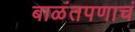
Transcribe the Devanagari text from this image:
बाळंतपणाचं